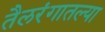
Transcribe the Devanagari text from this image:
तैलरंगातल्या